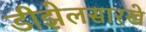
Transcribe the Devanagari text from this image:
डीझेलसारखे